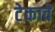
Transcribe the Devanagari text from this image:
टेकावे